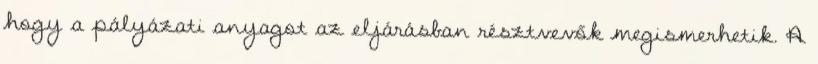
hogy a pályázati anyagot az eljárásban résztvevők megismerhetik. A